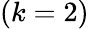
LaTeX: (k=2)